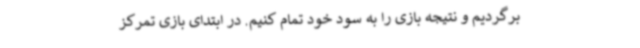
برگردیم و نتیجه بازی را به سود خود تمام کنیم. در ابتدای بازی تمرکز